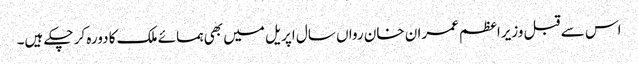
اس سے قبل وزیراعظم عمران خان رواں سال اپریل میں بھی ہمسائے ملک کا دورہ کر چکے ہیں۔